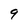
Character: 9